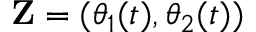
\mathbf { Z } = ( \theta _ { 1 } ( t ) , \theta _ { 2 } ( t ) )